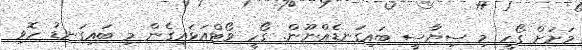
މަށަށް ގޯހީ މި ސިޔާސީ ބައިގަނޑެއްނޫން. ގޯހީ ވޯޓްއަޅައިގެން މި ބައިގަނޑު ހޮވި